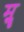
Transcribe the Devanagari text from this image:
मॣ